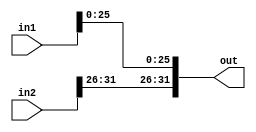
`timescale 1ns / 1ps
//////////////////////////////////////////////////////////////////////////////////
// Company: 
// Engineer: 
// 
// Design Name: 
// Module Name: Instr_Encoder
// Project Name: 
// Target Devices: 
// Tool Versions: 
// Description: 
// 
// Dependencies: 
// 
// Revision:
// Revision 0.01 - File Created
// Additional Comments:
// 
//////////////////////////////////////////////////////////////////////////////////


module Instr_Encoder#(parameter WL = 32)
                     (input wire [WL - 1:0] in1, in2,
                      output reg [WL - 1:0] out);
    always @*
    begin
        out = {in2[WL - 1: WL - 6], in1[WL - 7:0]}; //all this module is doing is putting the last 6 bits of in2 onto in1
    end
endmodule